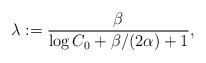
\begin{align*}\lambda:=\frac{\beta}{\log C_0+\beta/(2\alpha)+1},\end{align*}